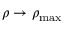
\rho \rightarrow \rho _ { \mathrm { m a x } }